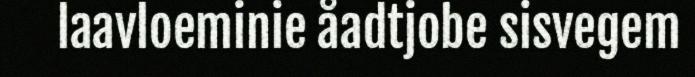
laavloeminie åadtjobe sisvegem